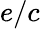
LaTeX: e/c